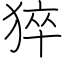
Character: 猝